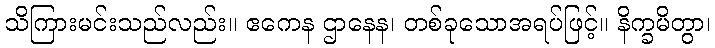
သိကြားမင်းသည်လည်း။ ဧကေန ဌာနေန၊ တစ်ခုသောအရပ်ဖြင့်။ နိက္ခမိတွာ၊